Lock hospitals Punjab
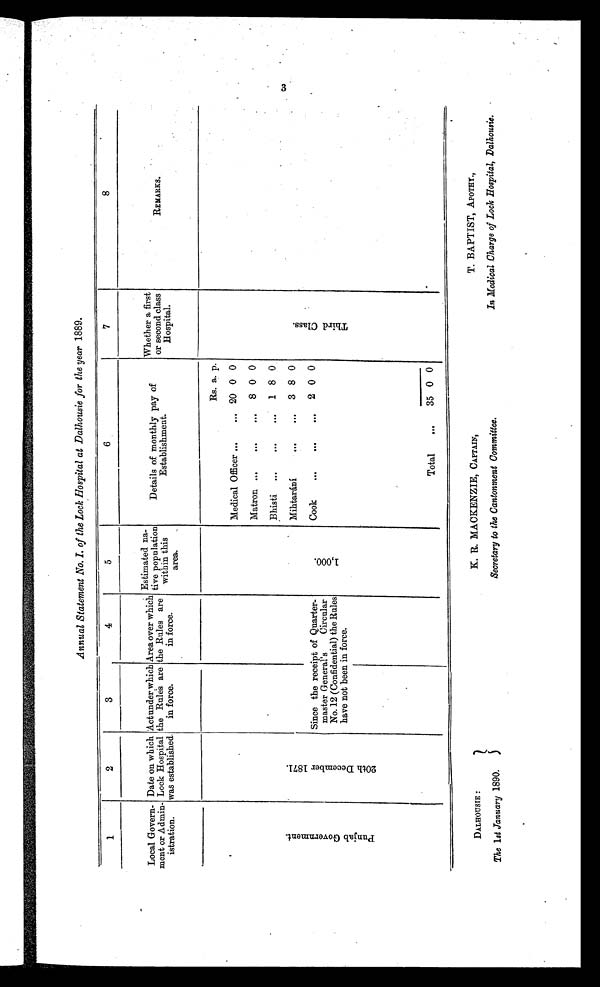
DALHOUSIE :
The 1st January 1890.
K. R. MACKENZIE, CAPTAIN,
Secretary to the Cantonment Committee.
T. BAPTIST, APOTHY.,
In Medical Charge of Lock Hospital, Dalhousie.
Annual Statement No. I. of the Lock Hospital at Dalhousie for the year 1889.
1
2
3
4
5
6
7
8
Local Govern-
went or Admin
istration.
Date on which
Lock Hospital
was established.
Actunder which
the Rules are
in force.
Area over which
the Rules are
in force.
Estimated na-
tine population
this
within
area.
Details of monthly pay of
Establishment.
Whether a first
or second class
Hospital.
REMARKS.
P u r j a b G o v e r n m e n t .
2 0 t h D e c e m b e r 1 8 7 1 .
Since the receipt of Quarter-
master General's
Circular
No. 12 (Confidential) the Rules
have not been in force.
1 , 0 0 0
Rs. a. p.
T h i r d C l a s s .
Medical Officer ...
... 20 0 0
Matron ...
. . .
...
8 0 0
Bhisti ...
. . .
...
1 8 0
Mihtarání
...
...
3 8 0
Cook
...
. . .
. . . 2 0 0
Total
...
35 0 0
(3)